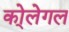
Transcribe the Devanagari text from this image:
को्लेगल